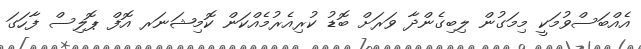
އެއްބަސްވުމަކީ މިމަގުން ލިބިގެންދާ ވަރަށް ބޮޑު ކުރިއެރުމެއްކަން ކޮމިޝަނަރ އޮފް ޕޮލިސް ފާހަގަ